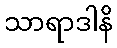
သာရာဒါနိ